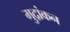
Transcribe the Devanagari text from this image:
मुद्रांकन